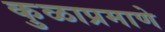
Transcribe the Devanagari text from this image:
कुळाप्रमाणे